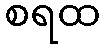
စရထ